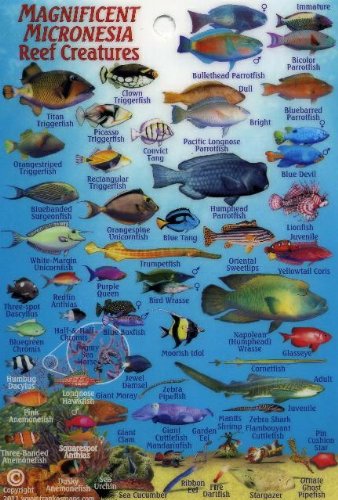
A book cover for Micronesia Coral Reef Creatures Guide Franko Maps Laminated Fish Card 4" x 6"; Franko Maps Ltd.; Travel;